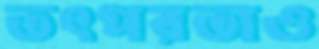
তৎপরতাও